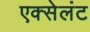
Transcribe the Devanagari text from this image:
एक्सेलंट